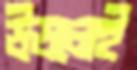
উডলেই